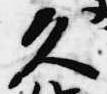
久